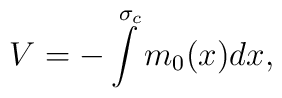
V=-\int\limits^{\sigma_c}m_0{(x)}dx,